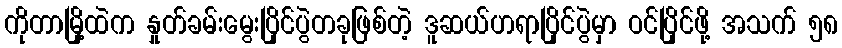
ကိုတာမြို့ထဲက နှုတ်ခမ်းမွေးပြိုင်ပွဲတခုဖြစ်တဲ့ ဒူဆယ်ဟရာပြိုင်ပွဲမှာ ဝင်ပြိုင်ဖို့ အသက် ၅၈